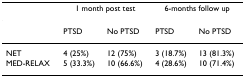
<table><thead><tr><td></td><td colspan="2"><b>1 month post test</b></td><td colspan="2"><b>6-months follow up</b></td></tr></thead><tbody><tr><td></td><td>PTSD</td><td>No PTSD</td><td>PTSD</td><td>No PTSD</td></tr><tr><td>NET</td><td>4 (25%)</td><td>12 (75%)</td><td>3 (18.7%)</td><td>13 (81.3%)</td></tr><tr><td>MED-RELAX</td><td>5 (33.3%)</td><td>10 (66.6%)</td><td>4 (28.6%)</td><td>10 (71.4%)</td></tr></tbody></table>